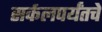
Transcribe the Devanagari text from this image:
सर्कलपर्यंतचे